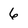
Character: 6